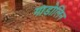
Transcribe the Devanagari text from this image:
गाडोलिन